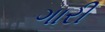
ગારી